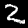
Digit: 2